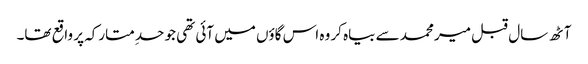
آٹھ سال قبل میر محمد سے بیاہ کر وہ اس گاؤں میں آئی تھی جو حدِ متارکہ پر واقع تھا۔